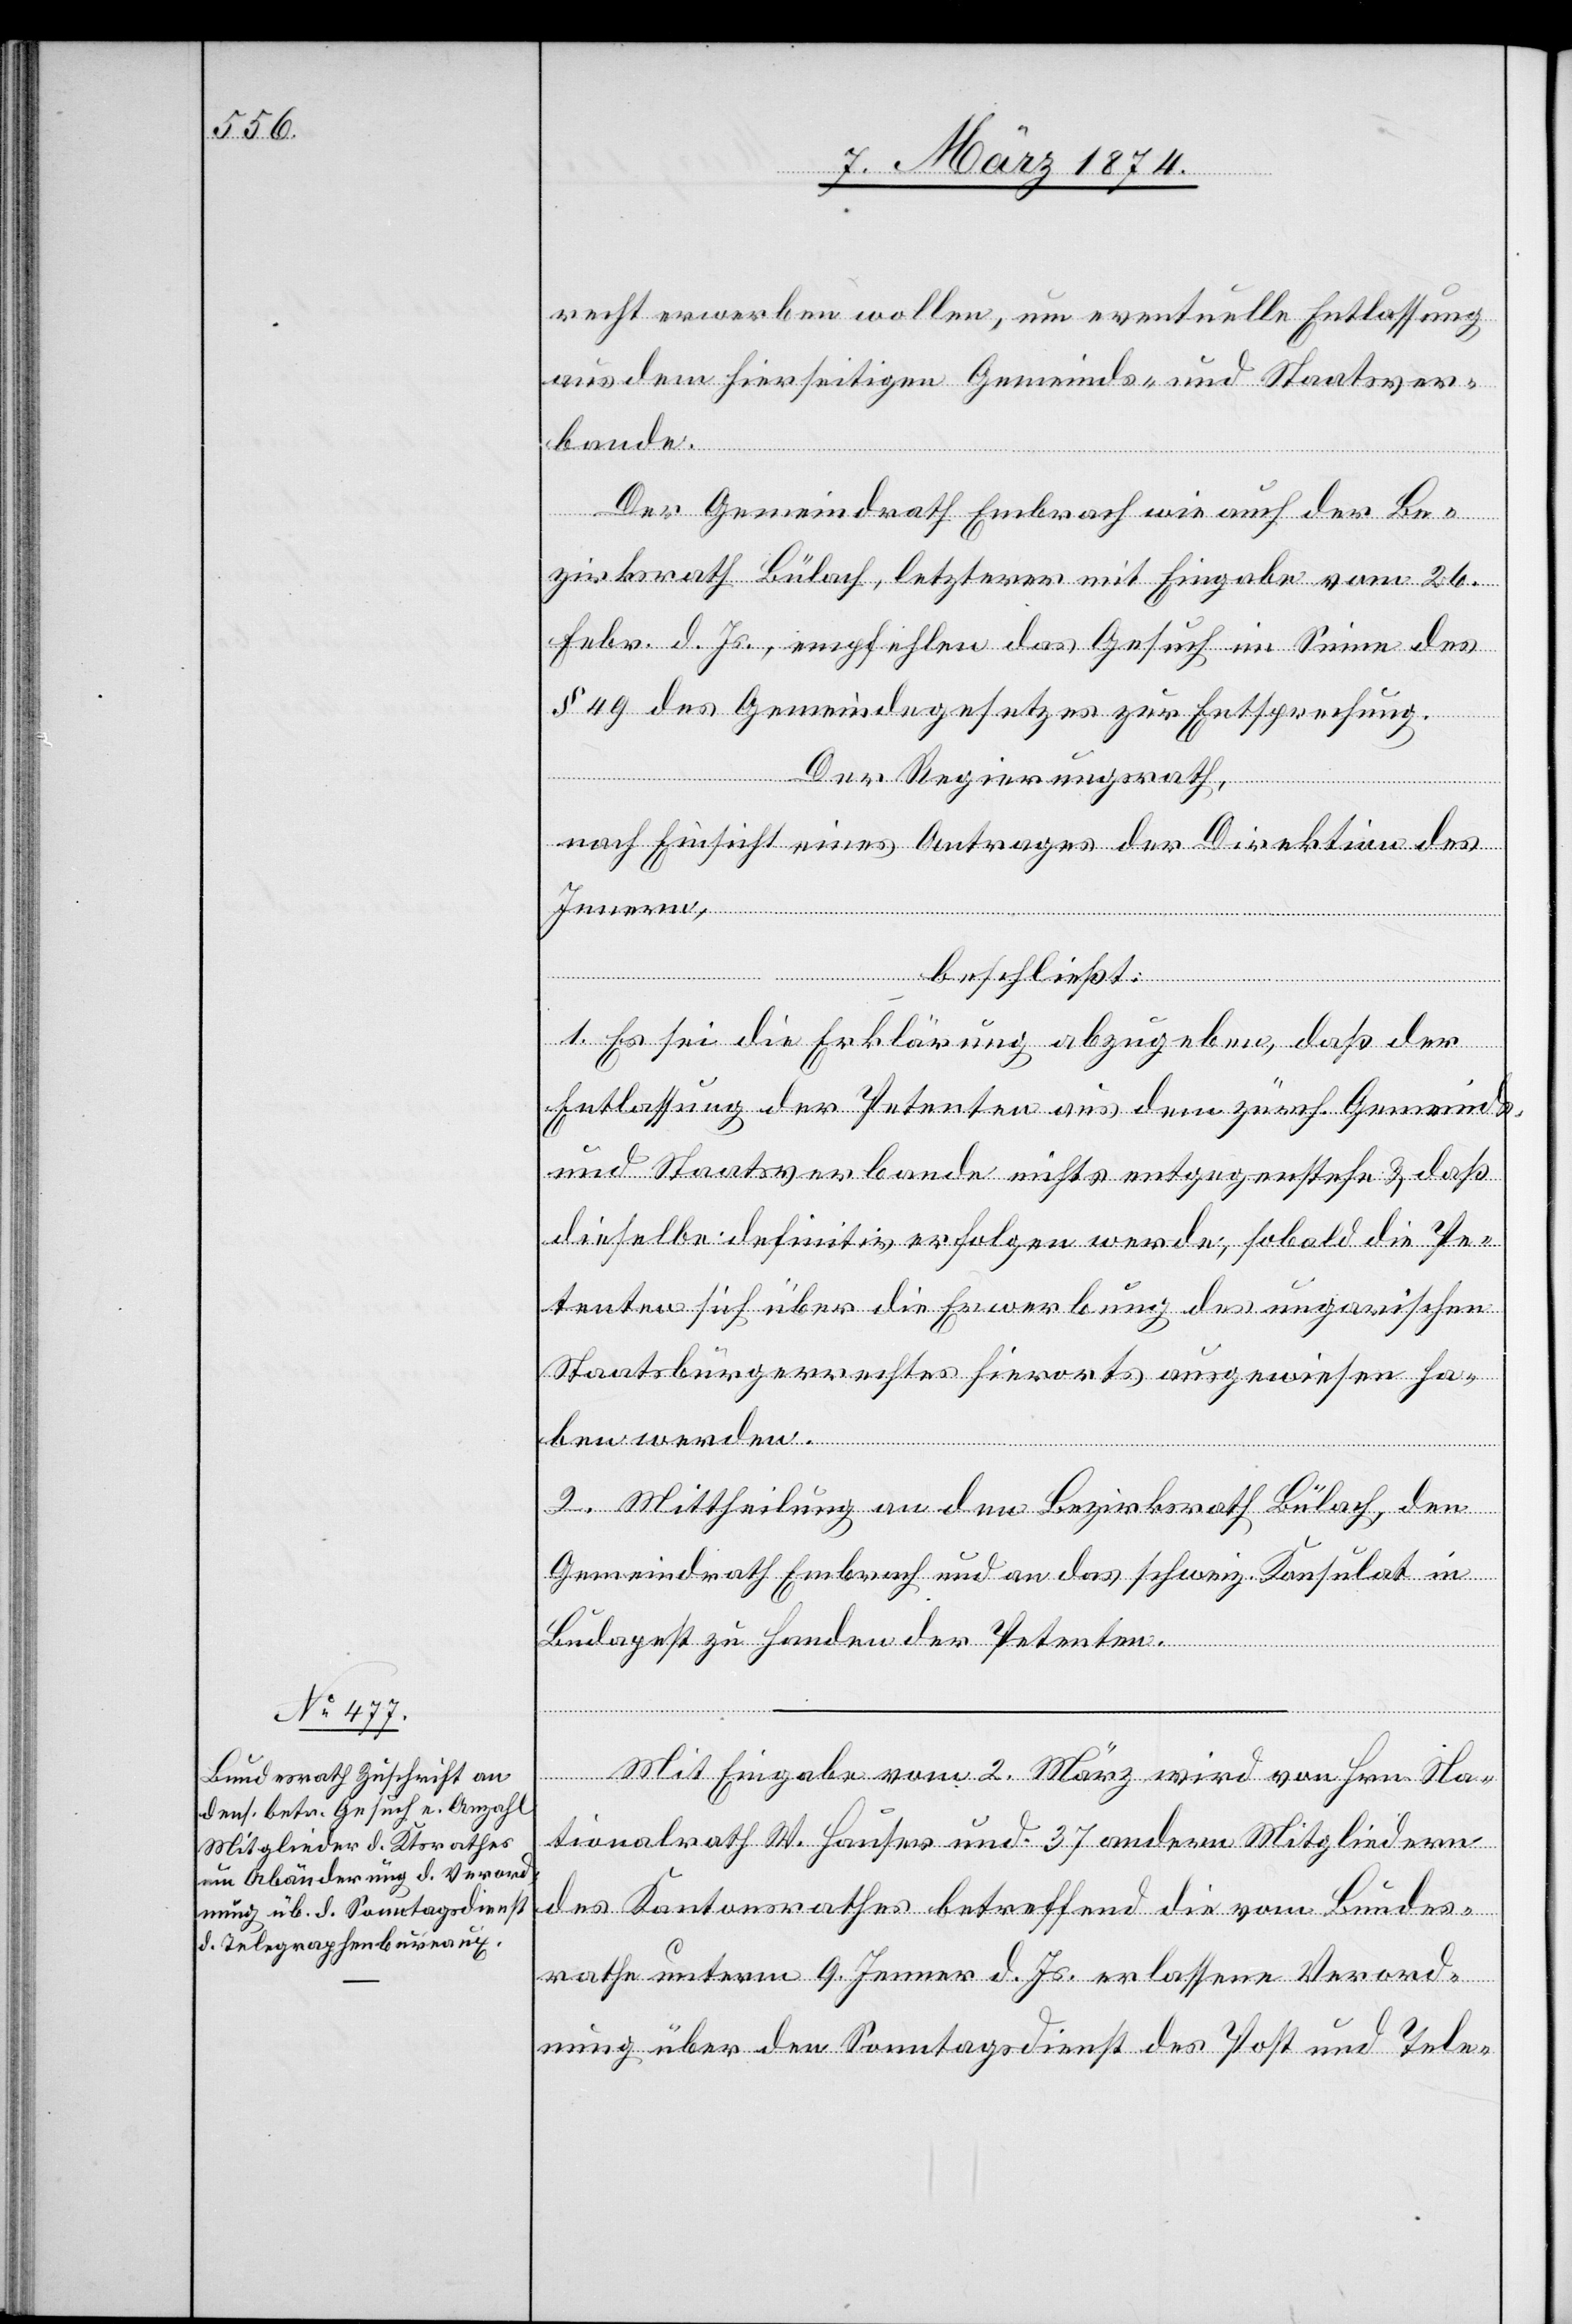
recht erwerben wollen, um eventuelle Entlassung
aus dem hierseitigen Gemeinds- und Staatsver¬
bande.
Der Gemeindrath Embrach wie auch der Be¬
zirksrath Bülach, letzterer mit Eingabe vom 26.
Febr. d. Js., empfehlen das Gesuch im Sinne des
§ 49 des Gemeindegesetzes zur Entsprechung.
Der Regierungsrath,
nach Einsicht eines Antrages der Direktion des
Innern,
1. Es sei die Erklärung abzugeben, daß der
Entlassung der Petenten aus dem zürch. Gemeinds-
und Staatsverbande nichts entgegenstehe u. daß
dieselbe definitiv erfolgen werde, sobald die Pe¬
tenten sich über die Erwerbung des ungarischen
Staatsbürgerrechtes hierorts ausgewiesen ha¬
ben werden.
2. Mittheilung an den Bezirksrath Bülach, den
Gemeindrath Embrach und an das schweiz. Konsulat in
Budapest zu Handen der Petenten.
Mit Eingabe vom 2. März wird von Hrn. Na¬
tionalrath W. Hauser und 37 andern Mitgliedern
des Kantonsrathes betreffend die vom Bundes¬
rathe unterm 9. Jenner d. Js. erlassene Verord¬
nung über den Sonntagsdienst des Post und Tele-